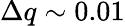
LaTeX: \Delta q\sim 0.01